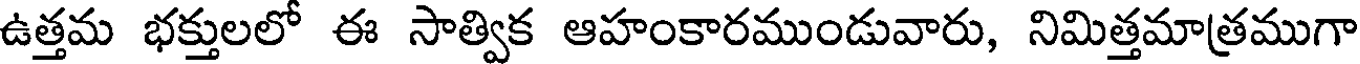
ఉత్తమ భక్తులలో ఈ సాత్విక ఆహంకారముండువారు, నిమిత్తమాత్రముగా